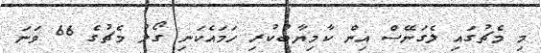
މި މެޗުގައި ލެގަނޭސް އިން ކާމިޔާބުކުރި ހަމައެކަނި ގޯލު މެޗުގެ 66 ވަނަ